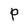
Character: P